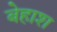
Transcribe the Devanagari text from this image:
बेहाश